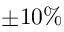
\pm 1 0 \%